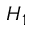
H _ { 1 }